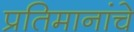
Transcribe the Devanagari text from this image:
प्रतिमानांचे